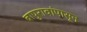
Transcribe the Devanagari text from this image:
बापुरावांपासून